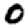
Digit: 0